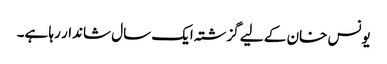
یونس خان کے لیے گزشتہ ایک سال شاندار رہا ہے۔